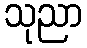
သုညာ